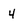
Character: 4